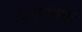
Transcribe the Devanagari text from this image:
अणुशस्त्रों